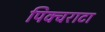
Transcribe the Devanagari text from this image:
पिक्चराटा